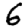
Digit: 6